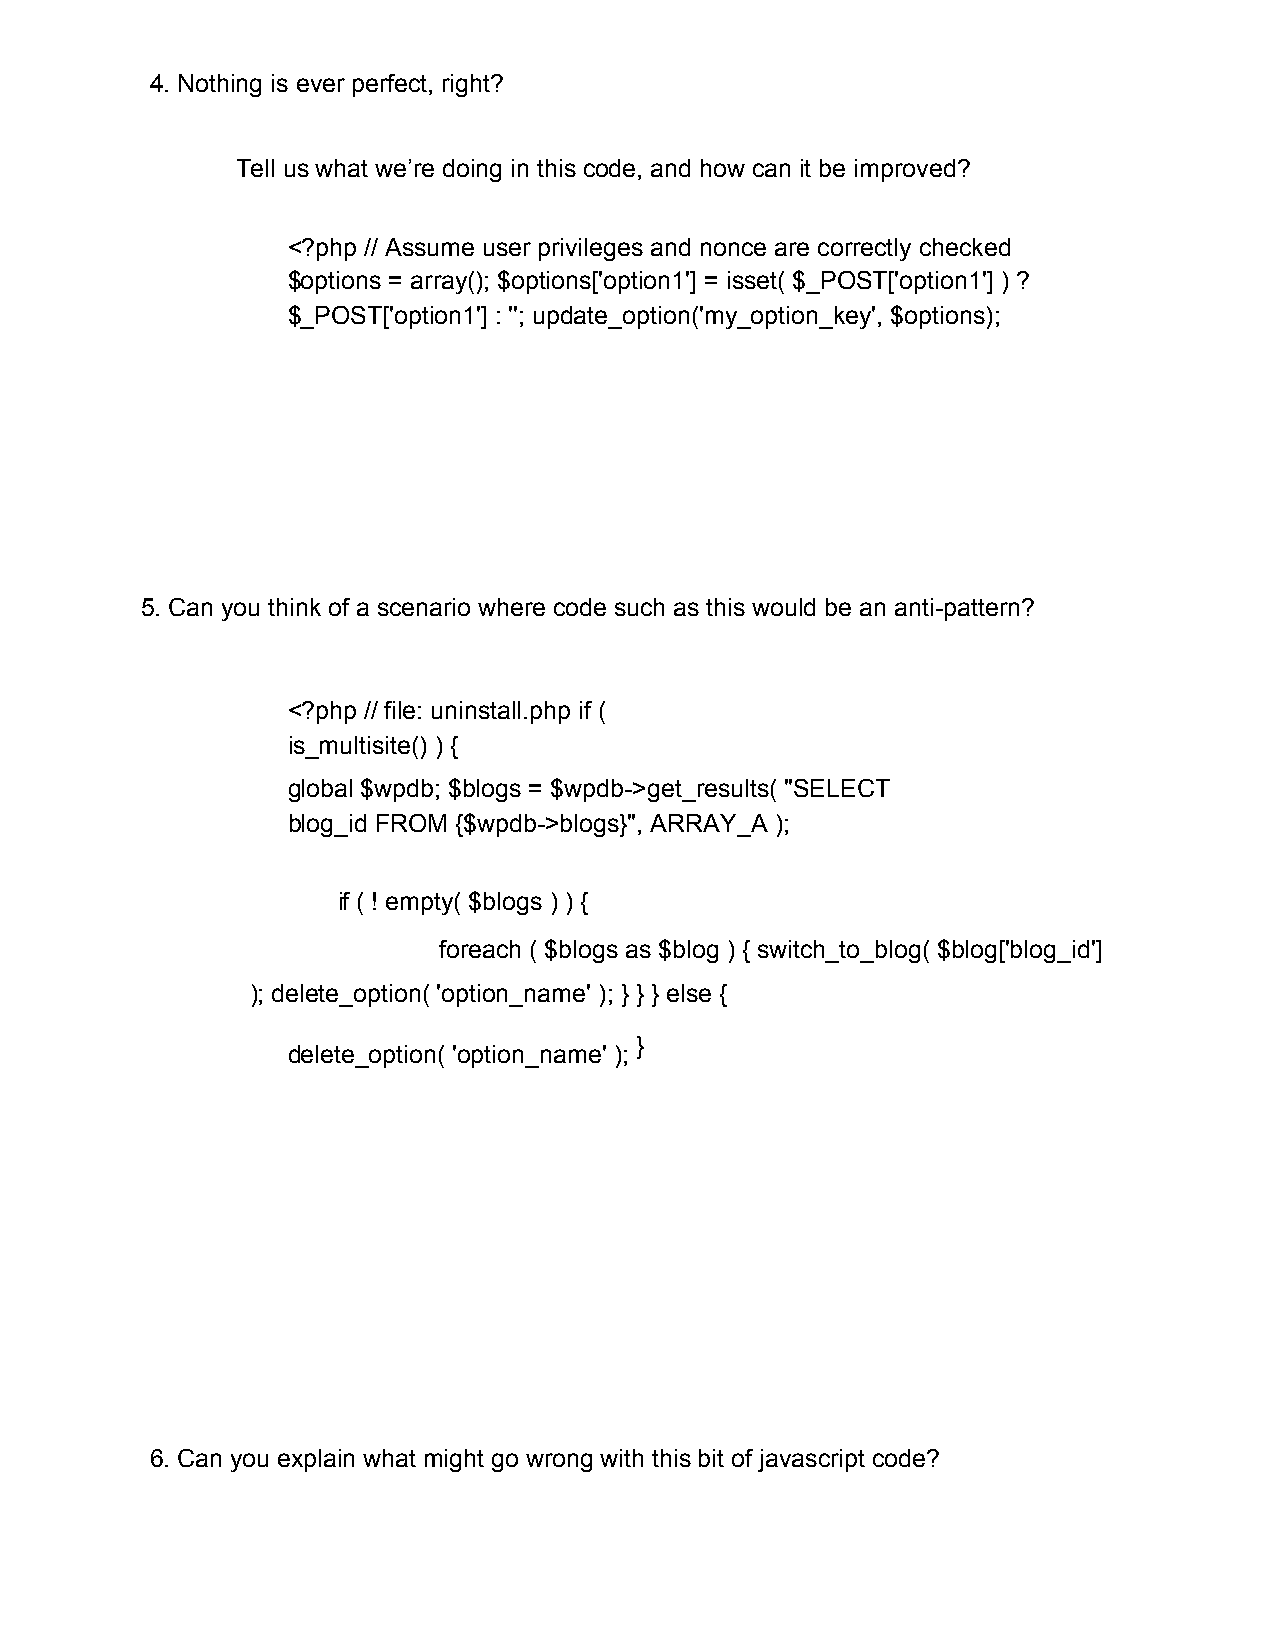
4. Nothing is ever perfect, right?
 Tell us what we’re doing in this code, and how can it be improved?
 <?php // Assume user privileges and nonce are correctly checked
 $options = array(); $options['option1'] = isset( $_POST['option1'] ) ?
 $_POST['option1'] : ''; update_option('my_option_key', $options);
 5. Can you think of a scenario where code such as this would be an anti-pattern?
 <?php // file: uninstall.php if (
 is_multisite() ) {
 global $wpdb; $blogs = $wpdb->get_results( "SELECT
 blog_id FROM {$wpdb->blogs}", ARRAY_A );
 if ( ! empty( $blogs ) ) {
 foreach ( $blogs as $blog ) { switch_to_blog( $blog['blog_id']
 ); delete_option( 'option_name' ); } } } else {
 }
 delete_option( 'option_name' );
 ​
 6. Can you explain what might go wrong with this bit of javascript code?